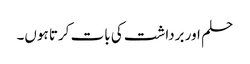
حلم اور برداشت کی بات کرتا ہوں۔